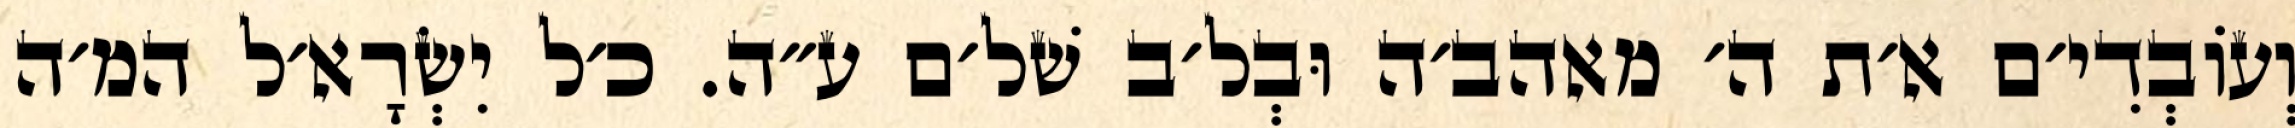
וְעוֹבְדִי׳ם א׳ת ה׳ מאהב׳ה וּבְל׳ב שׁל׳ם ע״ה. כ׳ל יִשְׂרָא׳ל המ׳ה